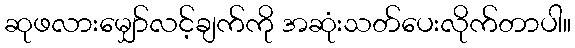
ဆုဖလားမျှော်လင့်ချက်ကို အဆုံးသတ်ပေးလိုက်တာပါ။